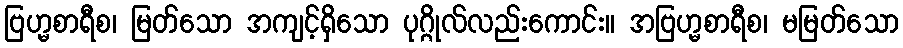
ဗြဟ္မစာရီစ၊ မြတ်သော အကျင့်ရှိသော ပုဂ္ဂိုလ်လည်းကောင်း။ အဗြဟ္မစာရီစ၊ မမြတ်သော